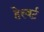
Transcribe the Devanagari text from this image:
हेस्बर्ट